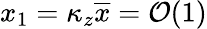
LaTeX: x_{1}=\kappa_{z}\overline{{x}}=\mathcal{O}(1)